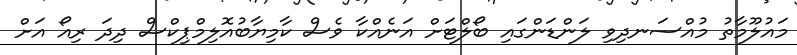
މައުލޫމާތު މުއްސަނދިވި ލަންޑަންގައި ބޯލްޓަށް އަނެއްކާ ވެސް ކާމިޔާބުއޮލިމްޕިކްސް ދިދަ ރިއޯ އަށް